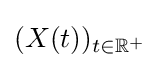
(X(t))_{t\in \mathbb {R} ^{+}}